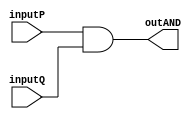
/* 	Author: Reg Gonzalez
	Cohort Members: Reg Gonzalez, Desh Padmakumar, Gabriela Saenz, Joshua Vardeleon,
	Matthew Lineberry
	Cohort Name: DJMr.G
	Class: CS 4341.502
*/

/*	-----------------------------------------------------------------------------
	| AND module:                                                               |
	| Takes two 16-bit integer and outputs a 32-bit integer that is the         |
	| result of the AND operation.                                              |
	-----------------------------------------------------------------------------
*/
module AND (inputP, inputQ, outAND);

	// 16-bit inputs
	input [31:0] inputP;
	input [31:0] inputQ;
	
	//32-bit output
	output [31:0] outAND;
	reg [31:0] outAND;


	// Perform AND operation on inputs
	always @ (inputP, inputQ, outAND) begin
		
		outAND = inputP & inputQ;

	end
	
endmodule 



/*	------------------------------------------------------------------------------
	| NAND module:                                                               |
	| Takes two 16-bit integer and outputs a 32-bit integer that is the          |
	| result of the NAND operation.                                              |
	------------------------------------------------------------------------------
*/
module NAND (inputP, inputQ, outNAND);

	// 16-bit inputs
	input [31:0] inputP;
	input [31:0] inputQ;
	
	//32-bit output
	output [31:0] outNAND;
	reg [31:0] outNAND;


	// Perform NAND operation on inputs
	always @ (inputP, inputQ, outNAND) begin
		
		outNAND = ~(inputP & inputQ);

	end
	
endmodule 



/*	------------------------------------------------------------------------------
	| NOR module:                                                                |
	| Takes two 16-bit integer and outputs a 32-bit integer that is the          |
	| result of the NOR operation.                                               |
	------------------------------------------------------------------------------
*/
module NOR (inputP, inputQ, outNOR);

	// 16-bit inputs
	input [31:0] inputP;
	input [31:0] inputQ;
	
	//32-bit output
	output [31:0] outNOR;
	reg [31:0] outNOR;


	// Perform NOR operation on inputs
	always @ (inputP, inputQ, outNOR) begin
		
		outNOR = ~(inputP | inputQ);

	end
	
endmodule 



/*	------------------------------------------------------------------------------
	| NOT module:                                                                |
	| Takes two 16-bit integer and outputs a 32-bit integer that is the          |
	| result of the NOT operation.                                               |
	------------------------------------------------------------------------------
*/
module NOT (inputP, inputQ, outNOT);

	// 16-bit inputs
	input [31:0] inputP;
	input [31:0] inputQ;
	
	//32-bit output
	output [31:0] outNOT;
	reg [31:0] outNOT;


	// Perform NOT operation on inputs
	// (perform the NOT operation on InputQ and concatenate/pad it with InputP so that 
	// it fits into the Multiplexer)
	always @ (inputP, inputQ, outNOT) begin
		
		outNOT = {inputP, (~inputQ)};

	end
	
endmodule 



/*	-----------------------------------------------------------------------------
	| OR module:                                                                |
	| Takes two 16-bit integer and outputs a 32-bit integer that is the         |
	| result of the OR operation.                                               |
	-----------------------------------------------------------------------------
*/
module OR (inputP, inputQ, outOR);

	// 16-bit inputs
	input [31:0] inputP;
	input [31:0] inputQ;
	
	//32-bit output
	output [31:0] outOR;
	reg [31:0] outOR;


	// Perform OR operation on inputs
	always @ (inputP, inputQ, outOR) begin
		
		outOR = inputP | inputQ;

	end
	
endmodule 



/*	-------------------------------------------------------------------------------
	| XNOR module:                                                                |
	| Takes two 16-bit integer and outputs a 32-bit integer that is the           |
	| result of the XNOR operation.                                               |
	-------------------------------------------------------------------------------
*/
module XNOR (inputP, inputQ, outXNOR);

	// 16-bit inputs
	input [31:0] inputP;
	input [31:0] inputQ;
	
	//32-bit output
	output [31:0] outXNOR;
	reg [31:0] outXNOR;


	// Perform XNOR operation on inputs
	always @ (inputP, inputQ, outXNOR) begin
		
		outXNOR = ~(inputP ^ inputQ);

	end
	
endmodule



/*	------------------------------------------------------------------------------
	| XOR module:                                                                |
	| Takes two 16-bit integer and outputs a 32-bit integer that is the          |
	| result of the XOR operation.                                               |
	------------------------------------------------------------------------------
*/
module XOR (inputP, inputQ, outXOR);

	// 16-bit inputs
	input [31:0] inputP;
	input [31:0] inputQ;
	
	//32-bit output
	output [31:0] outXOR;
	reg [31:0] outXOR;


	// Perform XOR operation on inputs
	always @ (inputP, inputQ, outXOR) begin
		
		outXOR = inputP ^ inputQ;

	end
	
endmodule  



// -----------------------------------------------------------------------------------------------------

/*	--------------------------------------------------------------------------------------
	| testbench() module:														         |
	| Declares/calls all the logic operation modules and tests them/displays results     |
	--------------------------------------------------------------------------------------
*/
/*
module testbench();
	
	// Declare inputs and outputs (the inputs are each 16 bits while the output 
	// is 32 bits)
	reg [15:0] inputP;
	reg [15:0] inputQ;
	wire [31:0] outAND;
	wire [31:0] outNAND;
	wire [31:0] outNOR;
	wire [31:0] outNOT;
	wire [31:0] outOR;
	wire [31:0] outXNOR;
	wire [31:0] outXOR;
	
	// Declare logic operations modules
	AND ANDmodule(inputP, inputQ, outAND);
	NAND NANDmodule(inputP, inputQ, outNAND);
	NOR NORmodule(inputP, inputQ, outNOR);
	NOT NOTmodule(inputP, inputQ, outNOT);
	OR ORmodule(inputP, inputQ, outOR);
	XNOR XNORmodule(inputP, inputQ, outXNOR);
	XOR XORmodule(inputP, inputQ, outXOR);
	
	initial begin
	
		// Test AND operation
		assign inputP = 16'b1001011011110010;
		assign inputQ = 16'b0010101011111100;
		
		#60;
		
		$display("\n");
		$display("------ TEST #1: ANDing 16-bit inputs ------");
		$display("inputP: %1b", inputP);
		$display("inputQ: %1b", inputQ);
		$display("result: %1b", outAND);
		$display("\n");
		
		
		// Test NAND operation
		assign inputP = 16'b1010101011010010;
		assign inputQ = 16'b0001011111001010;
		
		#60;
		
		$display("------ TEST #2: NANDing 16-bit inputs ------");
		$display("inputP: %1b", inputP);
		$display("inputQ: %1b", inputQ);
		$display("result: %1b", outNAND);
		$display("\n");
		
		
		// Test NOR operation
		assign inputP = 16'b0011001100110011;
		assign inputQ = 16'b1100110011001100;
		
		#60;
		
		$display("------ TEST #3: NORing 16-bit inputs ------");
		$display("inputP: %1b", inputP);
		$display("inputQ: %1b", inputQ);
		$display("result: %1b", outNOR);
		$display("\n");
		
		
		// Test NOT operation
		assign inputP = 16'b0101110000111111;
		assign inputQ = 16'b0100010111000101;
		
		#60;
		
		$display("------ TEST #4: NOTing 16-bit inputs ------");
		$display("inputP: %1b", inputP);
		$display("inputQ: %1b", inputQ);
		$display("result: %1b", outNOT);
		$display("\n");
		
		
		// Test NOR operation
		assign inputP = 16'b1111000101001011;
		assign inputQ = 16'b0011010111100100;
		
		#60;
		
		$display("------ TEST #5: ORing 16-bit inputs ------");
		$display("inputP: %1b", inputP);
		$display("inputQ: %1b", inputQ);
		$display("result: %1b", outOR);
		$display("\n");
		
		
		// Test XNOR operation
		assign inputP = 16'b1010101000110111;
		assign inputQ = 16'b0001011011010010;
		
		#60;
		
		$display("------ TEST #6: XNORing 16-bit inputs ------");
		$display("inputP: %1b", inputP);
		$display("inputQ: %1b", inputQ);
		$display("result: %1b", outXNOR);
		$display("\n");
		
		
		// Test XOR operation
		assign inputP = 16'b0001101001001111;
		assign inputQ = 16'b1000101111111000;
		
		#60;
		
		$display("------ TEST #7: XORing 16-bit inputs ------");
		$display("inputP: %1b", inputP);
		$display("inputQ: %1b", inputQ);
		$display("result: %1b", outXOR);
		$display("\n");
		
		#10;
		$finish; 
		
	end

endmodule 
*/